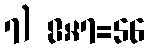
7) 8×7=56